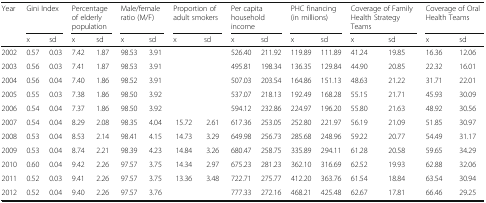
<table><thead><tr><td rowspan="2"><b>Year</b></td><td colspan="2"><b>Gini Index</b></td><td colspan="2"><b>Percentage of elderly population</b></td><td colspan="2"><b>Male/female ratio (M/F)</b></td><td colspan="2"><b>Proportion of adult smokers</b></td><td colspan="2"><b>Per capita household income</b></td><td colspan="2"><b>PHC financing (in millions)</b></td><td colspan="2"><b>Coverage of Family Health Strategy Teams</b></td><td colspan="2"><b>Coverage of Oral Health Teams</b></td></tr><tr><td><b>x</b></td><td><b>sd</b></td><td><b>x</b></td><td><b>sd</b></td><td><b>x</b></td><td><b>sd</b></td><td><b>x</b></td><td><b>sd</b></td><td><b>x</b></td><td><b>sd</b></td><td><b>x</b></td><td><b>sd</b></td><td><b>x</b></td><td><b>sd</b></td><td><b>x</b></td><td><b>sd</b></td></tr></thead><tbody><tr><td>2002</td><td>0.57</td><td>0.03</td><td>7.42</td><td>1.87</td><td>98.53</td><td>3.91</td><td></td><td></td><td>526.40</td><td>211.92</td><td>119.89</td><td>111.89</td><td>41.24</td><td>19.85</td><td>16.36</td><td>12.06</td></tr><tr><td>2003</td><td>0.56</td><td>0.03</td><td>7.41</td><td>1.87</td><td>98.53</td><td>3.91</td><td></td><td></td><td>495.81</td><td>198.34</td><td>136.35</td><td>129.84</td><td>44.90</td><td>20.85</td><td>22.32</td><td>16.01</td></tr><tr><td>2004</td><td>0.56</td><td>0.04</td><td>7.40</td><td>1.86</td><td>98.52</td><td>3.91</td><td></td><td></td><td>507.03</td><td>203.54</td><td>164.86</td><td>151.13</td><td>48.63</td><td>21.22</td><td>31.71</td><td>22.01</td></tr><tr><td>2005</td><td>0.55</td><td>0.03</td><td>7.38</td><td>1.86</td><td>98.50</td><td>3.92</td><td></td><td></td><td>537.07</td><td>218.13</td><td>192.49</td><td>168.28</td><td>55.15</td><td>21.71</td><td>45.93</td><td>30.09</td></tr><tr><td>2006</td><td>0.54</td><td>0.04</td><td>7.37</td><td>1.86</td><td>98.50</td><td>3.92</td><td></td><td></td><td>594.12</td><td>232.86</td><td>224.97</td><td>196.20</td><td>55.80</td><td>21.63</td><td>48.92</td><td>30.56</td></tr><tr><td>2007</td><td>0.54</td><td>0.04</td><td>8.29</td><td>2.08</td><td>98.35</td><td>4.04</td><td>15.72</td><td>2.61</td><td>617.36</td><td>253.05</td><td>252.80</td><td>221.97</td><td>56.19</td><td>21.09</td><td>51.85</td><td>30.97</td></tr><tr><td>2008</td><td>0.53</td><td>0.04</td><td>8.53</td><td>2.14</td><td>98.41</td><td>4.15</td><td>14.73</td><td>3.29</td><td>649.98</td><td>256.73</td><td>285.68</td><td>248.96</td><td>59.22</td><td>20.77</td><td>54.49</td><td>31.17</td></tr><tr><td>2009</td><td>0.53</td><td>0.04</td><td>8.74</td><td>2.21</td><td>98.39</td><td>4.23</td><td>14.84</td><td>3.26</td><td>680.47</td><td>258.75</td><td>335.89</td><td>294.11</td><td>61.28</td><td>20.58</td><td>59.65</td><td>34.29</td></tr><tr><td>2010</td><td>0.60</td><td>0.04</td><td>9.42</td><td>2.26</td><td>97.57</td><td>3.75</td><td>14.34</td><td>2.97</td><td>675.23</td><td>281.23</td><td>362.10</td><td>316.69</td><td>62.52</td><td>19.93</td><td>62.88</td><td>32.06</td></tr><tr><td>2011</td><td>0.52</td><td>0.03</td><td>9.41</td><td>2.26</td><td>97.57</td><td>3.75</td><td>13.36</td><td>3.48</td><td>722.71</td><td>275.77</td><td>412.20</td><td>363.76</td><td>61.54</td><td>18.84</td><td>63.54</td><td>30.94</td></tr><tr><td>2012</td><td>0.52</td><td>0.04</td><td>9.40</td><td>2.26</td><td>97.57</td><td>3.76</td><td></td><td></td><td>777.33</td><td>272.16</td><td>468.21</td><td>425.48</td><td>62.67</td><td>17.81</td><td>66.46</td><td>29.25</td></tr></tbody></table>